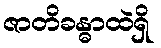
ဇာတိခန္ဓာထဲရှိ